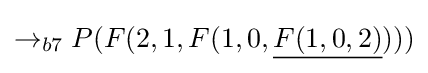
\rightarrow _{b7}P(F(2,1,F(1,0,{\underline {F(1,0,2)}})))